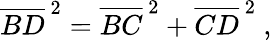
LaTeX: {\overline{{BD}}}^{\, 2}={\overline{{BC}}}^{\, 2}+{\overline{{CD}}}^{\, 2}\ ,